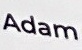
Adam